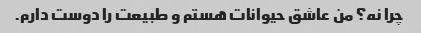
چرا نه؟ من عاشق حیوانات هستم و طبیعت را دوست دارم.